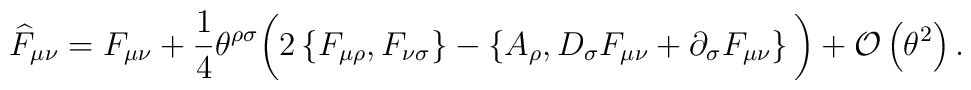
\widehat{F}_{\mu \nu} =F_{\mu \nu}+\frac{1}{4}\theta ^{\rho \sigma}\bigg( 2\left\{F_{\mu \rho},F_{\nu \sigma}\right\} -\left\{ A_{\rho},D_{\sigma}F_{\mu \nu}+\partial_{\sigma}F_{\mu \nu}\right\}\bigg) +{\cal O}\left( \theta ^{2}\right).